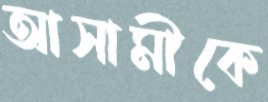
আসামীকে